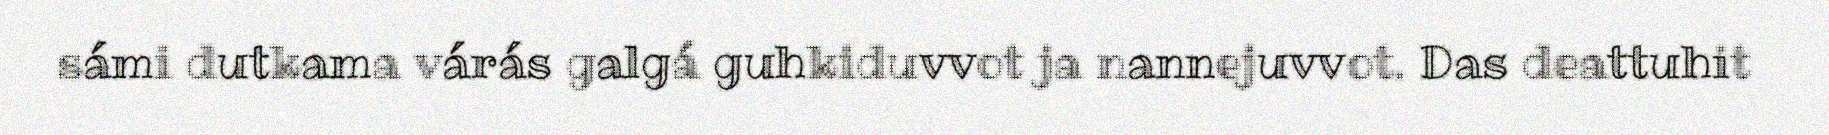
sámi dutkama várás galgá guhkiduvvot ja nannejuvvot. Das deattuhit